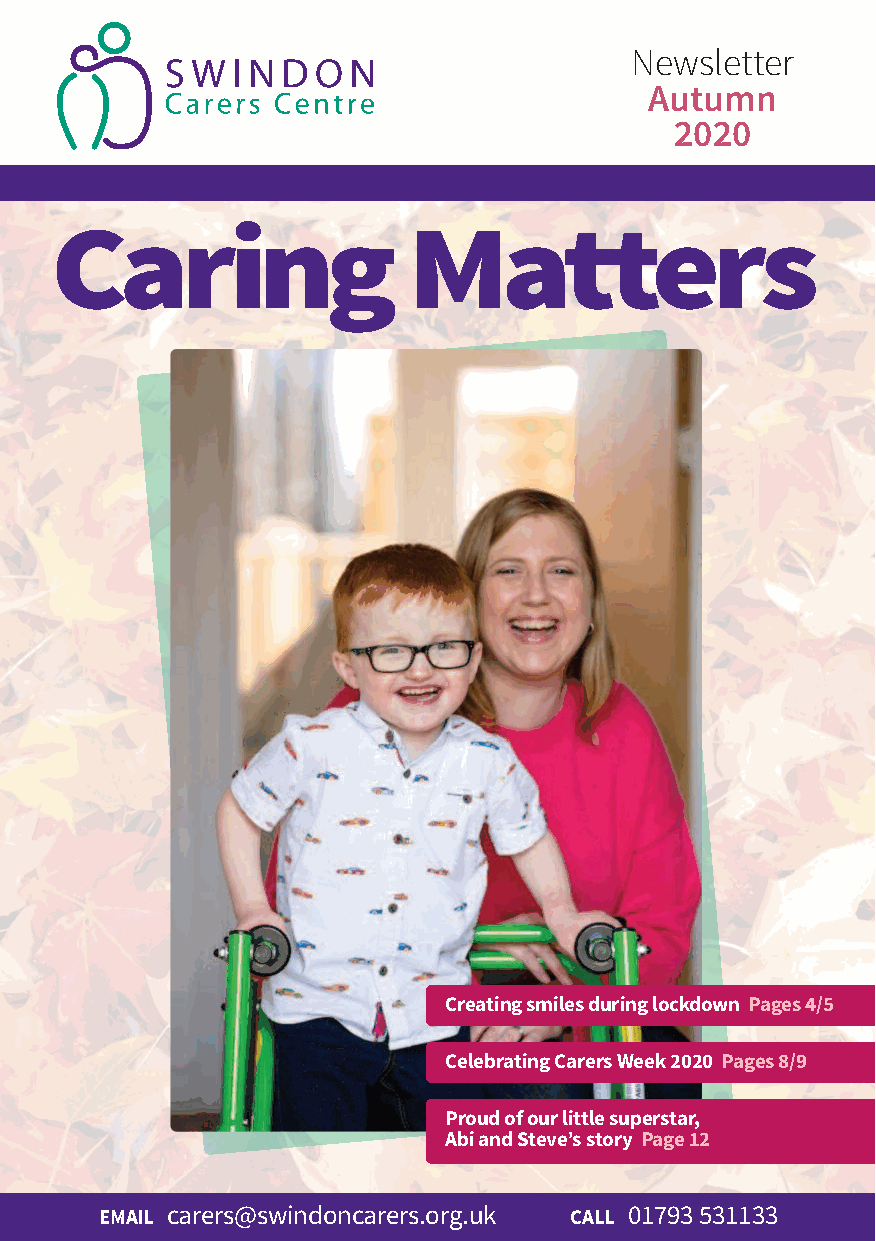
Newsletter
 Autumn
 2020
 Caring                  Matters
 Creating smiles during lockdown Pages 4/5
 Celebrating Carers Week 2020 Pages 8/9
 Proud of our little superstar,
 Abi and Steve’s story Page 12
 EMAIL carers@swindoncarers.org.uk CALL 01793 531133